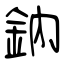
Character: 鈉